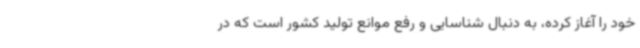
خود را آغاز کرده، به دنبال شناسایی و رفع موانع تولید کشور است که در